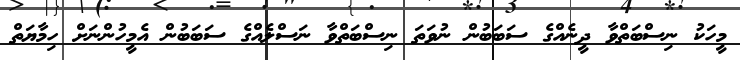
މީހަކު ނިސްބަތްވާ ދީނެއްގެ ސަބަބުން ނުވަތަ ނިސްބަތްވާ ނަސްލެއްގެ ސަބަބުން އެމީހުންނަށް ހިމާޔަތް